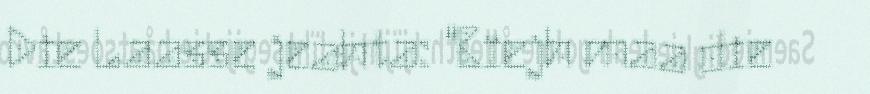
Die Laasse jeahta: "Bïejh maa die